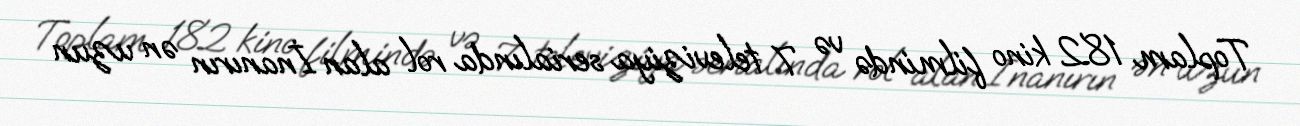
Toplam 182 kino filmində və 7 televiziya serialında rol alan İnanırın ən uzun